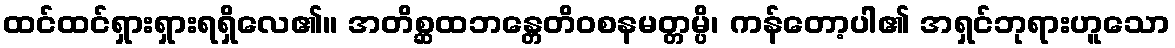
ထင်ထင်ရှားရှားရရှိလေ၏။ အတိစ္ဆထဘန္တေတိဝစနမတ္တမ္ပိ၊ ကန်တော့ပါ၏ အရှင်ဘုရားဟူသော